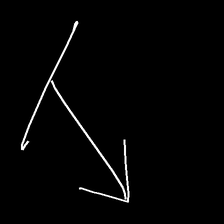
Glyph: levitation